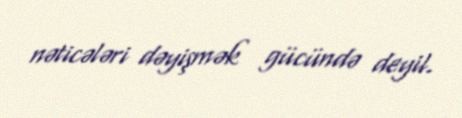
nəticələri dəyişmək gücündə deyil.